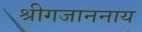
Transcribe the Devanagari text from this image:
श्रीगजाननाय